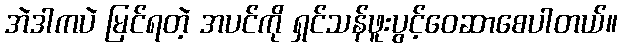
အဲဒါကပဲ မြင်ရတဲ့ အပင်ကို ရှင်သန်ဖူးပွင့်ဝေဆာစေပါတယ်။